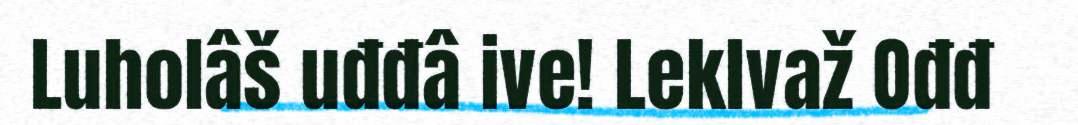
Luholâš uđđâ ive! Leklvaž Ođđ